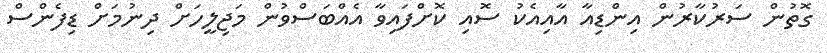
ގޮތުން ސަރުކާރުން އިންޑިއާ އާއިއެކު ސޮއި ކޮށްފައިވާ އެއްބަސްވުން މަޖިލީހަށް ދިނުމަށް ޑިފެންސް